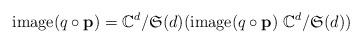
LaTeX: \begin{align*}\operatorname(q\circ \mathbf p) =\mathbb C^d/\mathfrak{S}(d) (\operatorname(q\circ \mathbf p)\ \mathbb C^d/\mathfrak{S}(d))\end{align*}